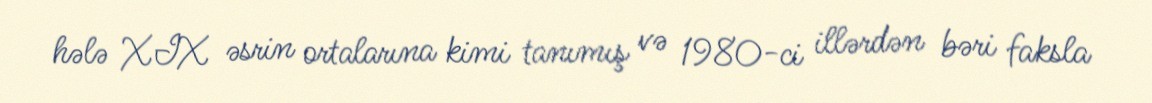
hələ XIX əsrin ortalarına kimi tanımış və 1980-ci illərdən bəri faksla